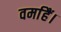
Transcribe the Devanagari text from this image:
वर्माहैं।